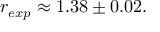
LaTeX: r _ { e x p } \approx 1 . 3 8 \pm 0 . 0 2 .